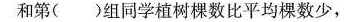
和第( )组同学植树棵数比平均棵数少，